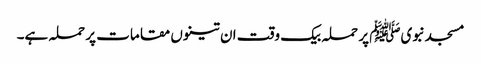
مسجدنبویﷺ پر حملہ بیک وقت ان تینوں مقامات پر حملہ ہے۔